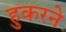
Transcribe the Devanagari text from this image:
हुकरने